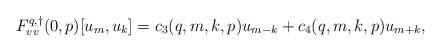
LaTeX: \begin{align*}F^{q,\dagger}_{vv}(0,p)[u_m, u_k] &= c_3(q,m,k,p) u_{m-k} + c_4(q,m,k,p) u_{m+k},\end{align*}